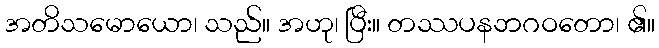
အတိသမောယော၊ သည်။ အဟု၊ ပြီး။ တဿပနဘဂဝတော၊ ၏။